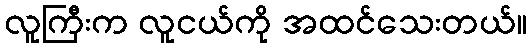
လူကြီးက လူငယ်ကို အထင်သေးတယ်။